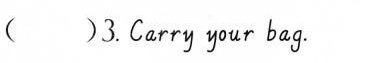
( )3.Carry your bag .